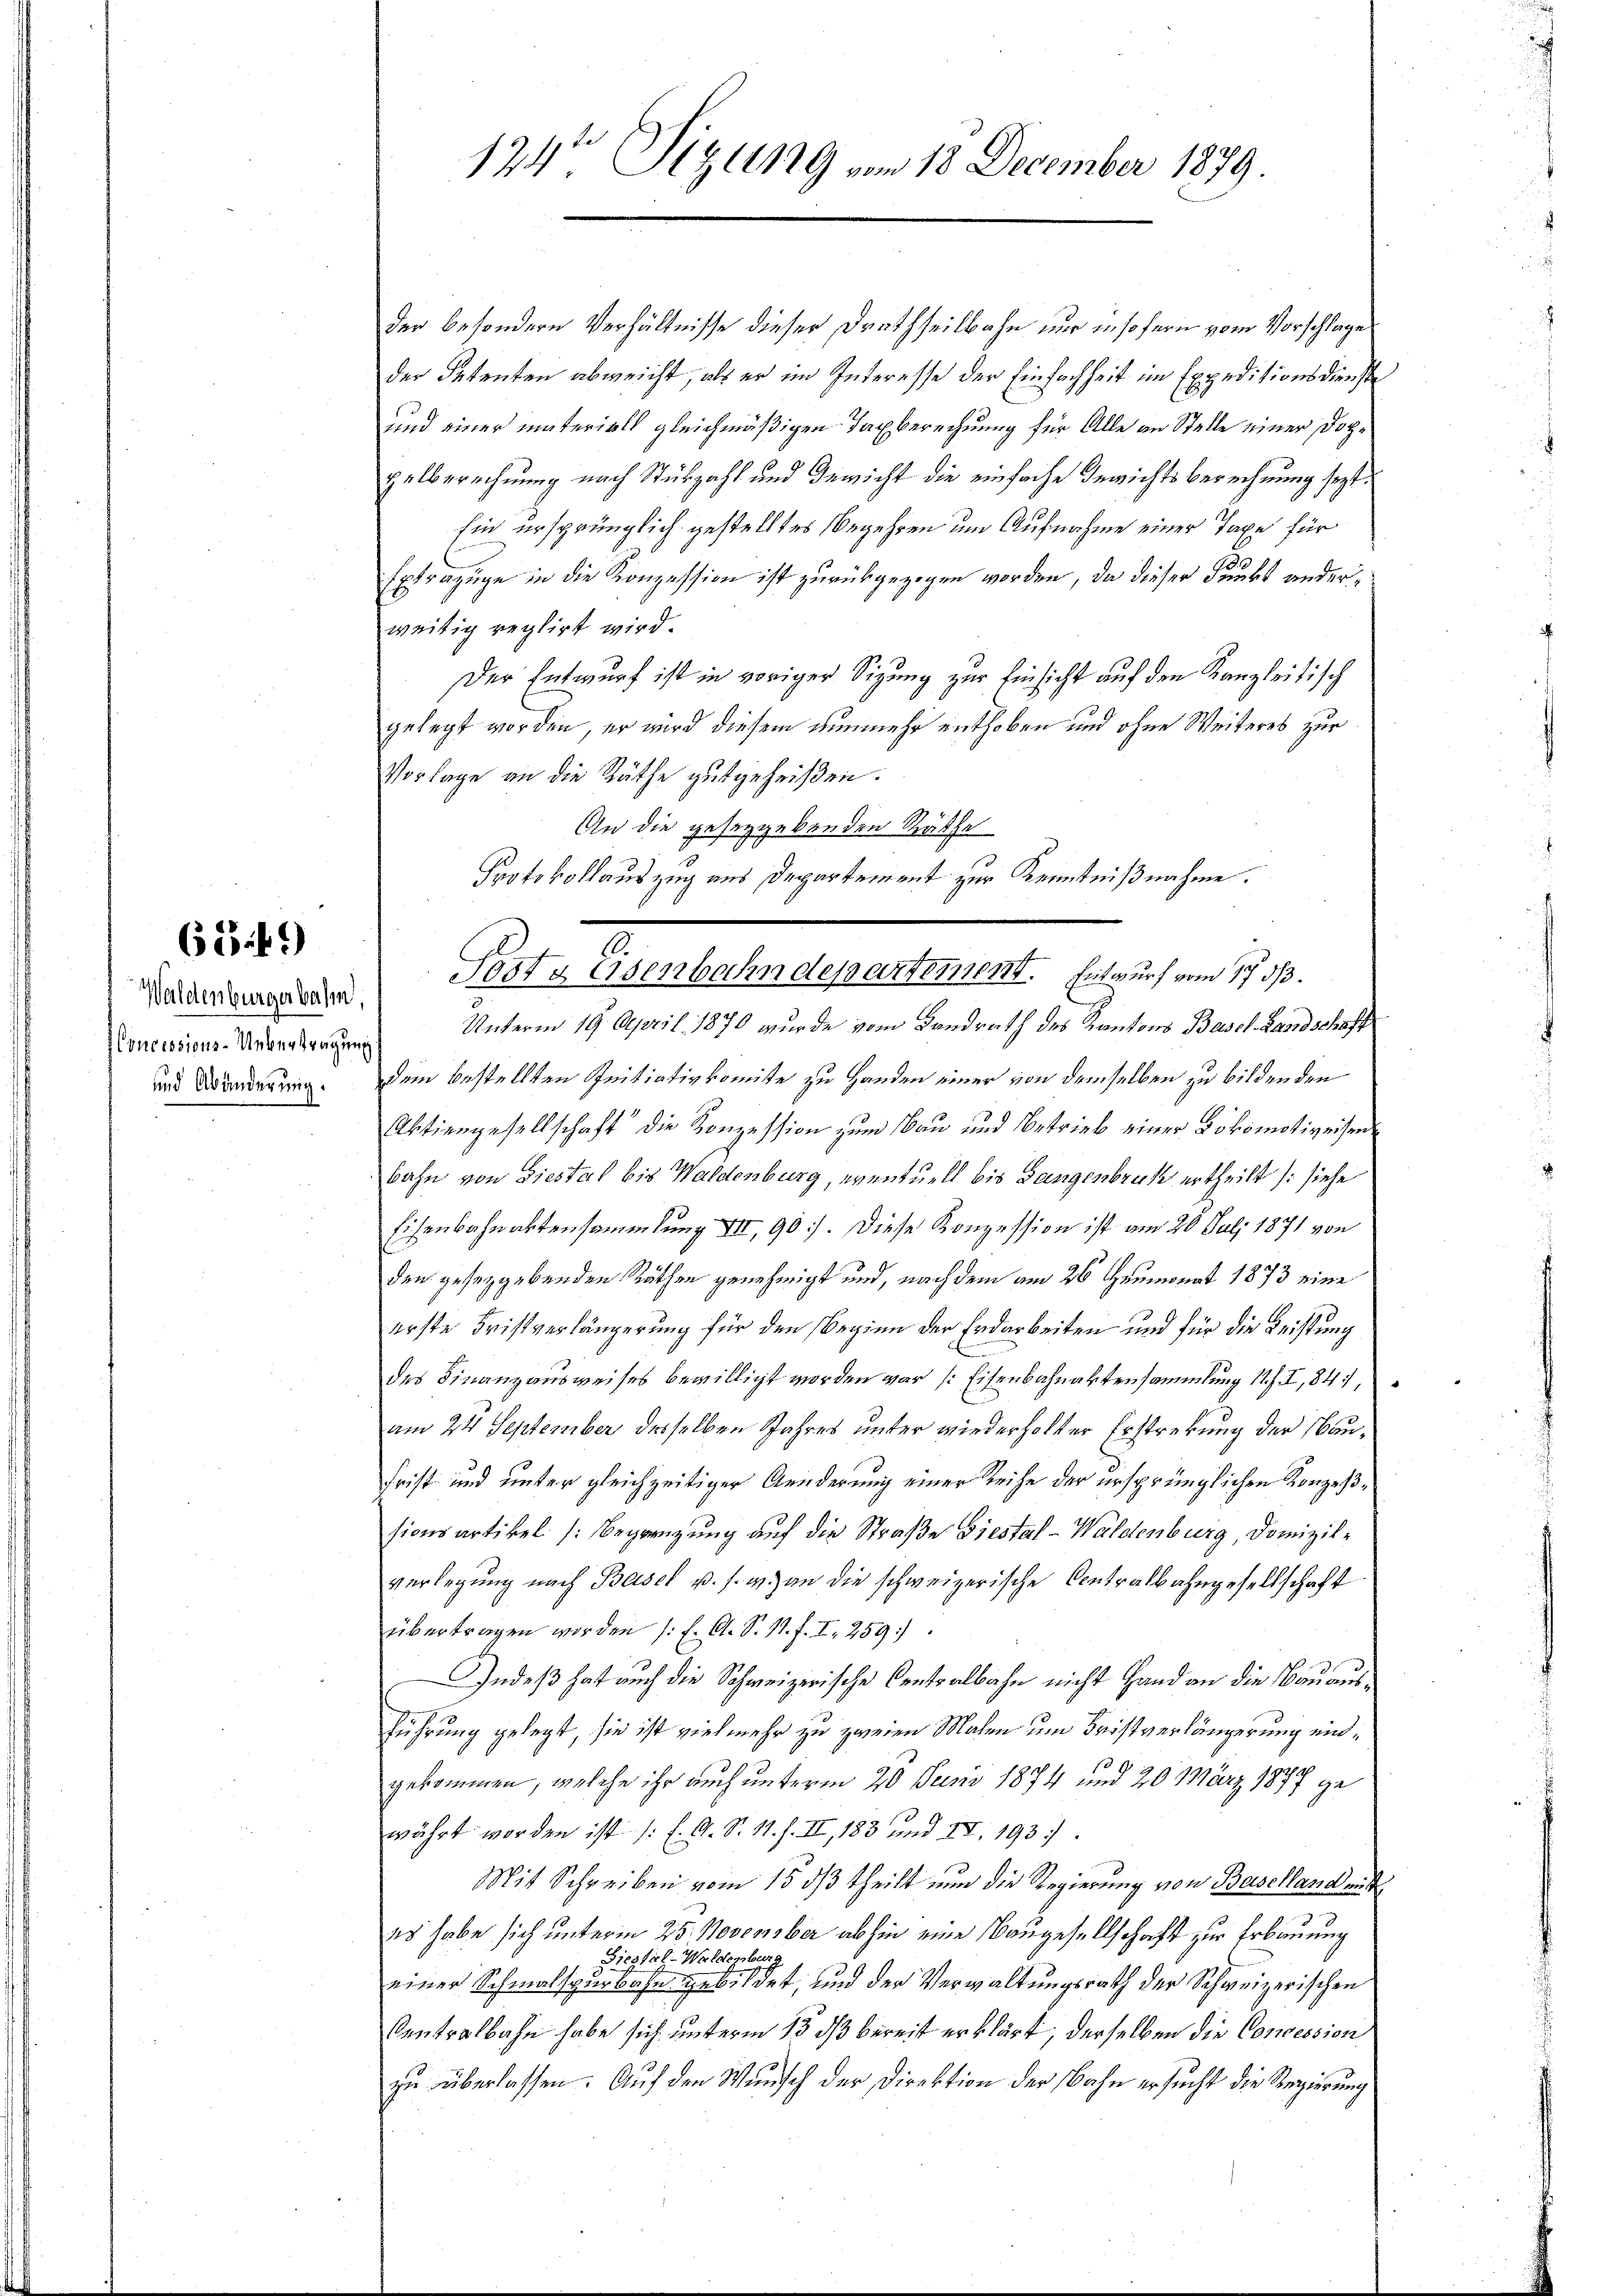
66.49)

Waldenburgerbahn,
Concessions-Uebertragung
und Abänderung.

der besondern Verhältnisse dieser Drathseilbahn nur insofern vom Vorschlage
der Petenten abweicht, als er im Interesse der Einfachheit im Expeditionsdienst
und einer miteriell gleichmäßigen Taxberechnung für Alle an Stelle einer Doppelberechnung nach Stükzahl und Gericht die einfache Gerichtsberechnung seythin ursprünglich gestelltes Begehren um Aufnahme einer Taxe für
Extrazüge in die Konzession ist zurückgezogen worden, da dieser Funkt anderweitig reglirt wird.
Der Entwurf ist in voriger Sizung zur Einsicht auf den Kanzleitisch
gelegt worden, er wird diesem nunmehr enthoben und ohne Weiteres zur
Vorlage an die Räthe gutgeheißen.
An die geseggebenden Räthe
Protokollauszug aus Departement zur Kenntnißnahme.

124ten Sizung vom 18. December 1879.

Porte Eisenbahndepartemont. Entwurf vom 17. ds.

Unterm 19. April 1870 wurde vom Landrath des Kantons Basel-Landschaft
dem bestellten Initiativkomite zu Handen einer von demselben zu bildenden
Aktiengesellschaft die Konzession zum Bau und Betrieb einer Lokomotiveisen
bahn von Giestal bis Waldenburg, eventuell bis Langenbruck ertheilt (siehe
Eisenbahnaktensammlung III, 90]. Diese Konzession ist am 20. Juli 1871 von
den geseggebenden Räthen genehmigt und, nach dem am 26. Heumonat 1873 eine
erste Fristverlängerung für den Beginn der Erdarbeiten und für die Leistung
des Finanzausweises bewilligt worden war [Eisenbahnaktensammlung 11. f. I, 84,
am 24 September desselben Jahres unter wiederholter Erstreckung der Bau¬
Frist und unter gleichzeitiger Aenderung einer Reihe der ursprünglichen Konzessionsartikel (Begrenzung auf die Straße Giestal-Waldenburg, Domizilverlegung nach Basel u. s. w. an die schweizerische Contralbahngesellschaft
übertragen worden /: E. C. S. 11. f. I. 259.
Indeß hat auch die Schweizerische Centralbahn nicht Hand an die Bauausführung gelegt, sie ist vielmehr zu zweien Malen um Fristverlängerung eingekommen, welche ihr auch unterm 20 Juni 1874 und 20 März 1877 gewährt worden ist (E. A. S. 11. f. II, 183 und II. 193.
Mit Schreiben vom 15 dß theilt nun die Regierung von Baselland auf
es habe sich unterm 25. November abhin eine Baugesellschaft zur Erbauung
Giestal-Waldenbur
einer Schmalspurbahn gebildet, und der Verwaltungsrath der Schweizerischen
Antralbahn habe sich unterm 13. ds bereit erklärt, derselben die Concession
zu überlassen. Auf den Wunsch der Direktion der Bahn ersucht die Regierung